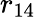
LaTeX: r_{14}